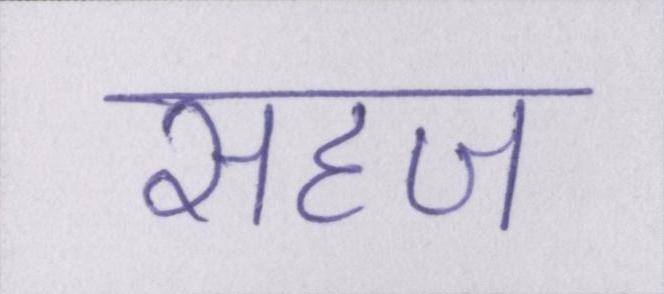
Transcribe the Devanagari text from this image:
सहज